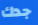
جدك